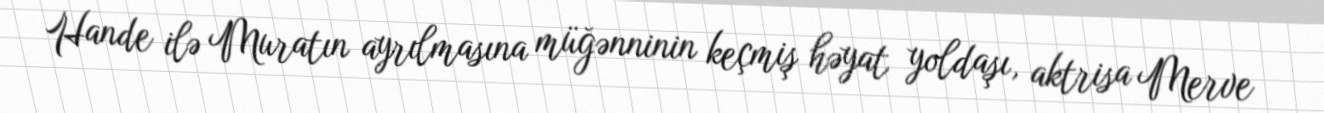
Hande ilə Muratın ayrılmasına müğənninin keçmiş həyat yoldaşı, aktrisa Merve